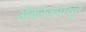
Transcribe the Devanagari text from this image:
अँकरेजपासून